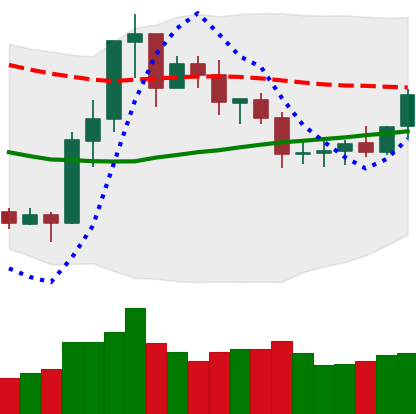
Ticker: ETC-USD
Chart end date: 2020-07-22
Forward return: 12.07%
Label: up_7plus